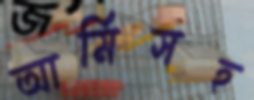
আর্মিসহ